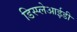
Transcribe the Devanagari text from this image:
डिस्प्लेआईडी